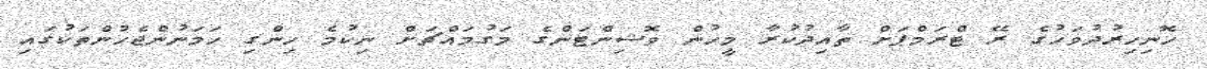
ހޮނިހިރުދުވަހުގެ ރޭ ޓްރަމްޕަށް ތާއިދުކުރާ މީހުން ވޮޝިންޓަންގެ މަގުމައްޗަށް ނިކުމެ ހިންގި ހަމަނުންޖެހުންތަކުގައި